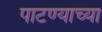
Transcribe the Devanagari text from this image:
पाटण्याच्या